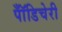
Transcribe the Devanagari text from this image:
पॉँडिचेरी